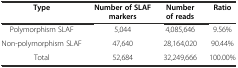
| Type | Number of SLAF markers | Number of reads | Ratio |
 | --- | --- | --- | --- |
 | Polymorphism SLAF | 5,044 | 4,085,646 | 9.56% |
 | Non-polymorphism SLAF | 47,640 | 28,164,020 | 90.44% |
 | Total | 52,684 | 32,249,666 | 100.00% |